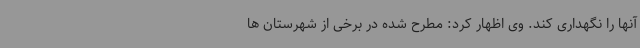
آنها را نگهداری کند. وی اظهار کرد: مطرح شده در برخی از شهرستان ها